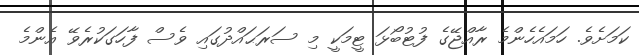
ކަމަށެވެ. ހަމައެހެންމެ ރާއްޖޭގެ ފުޓުބޯޅަ ޓީމަކީ މި ސަރަޙައްދުގައި ވެސް ފާހަގަކުރެވޭ އެންމެ